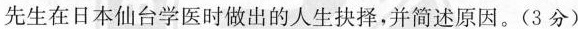
先生在日本仙台学医时做出的人生抉择，并简述原因。(3分)